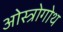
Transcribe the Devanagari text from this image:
ओस्त्रोगोथ